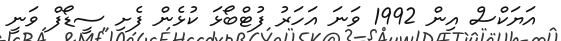
އަޔަކްސް އިން 1992 ވަނަ އަހަރު ފުޓްބޯޅަ ކުޅެން ފެށި ސީޑޯފް ވަނީ